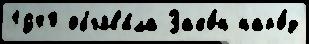
1940 объяв'и́ла Зако́н наро́д